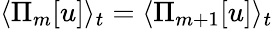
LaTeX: \langle\Pi_{m}[u]\rangle_{t}=\langle\Pi_{m+1}[u]\rangle_{t}